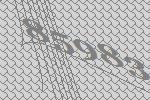
85983